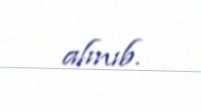
alınıb.